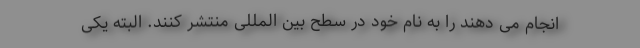
انجام می دهند را به نام خود در سطح بین المللی منتشر کنند. البته یکی